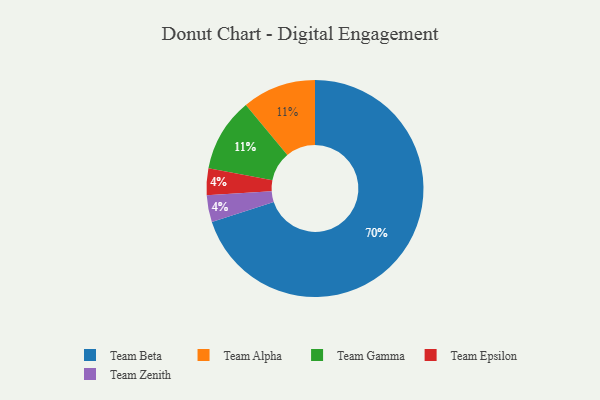
{"axis": {"x": "Category", "y": "Percentage"}, "legend": ["Team Alpha", "Team Beta", "Team Epsilon", "Team Gamma", "Team Zenith"], "data": [{"x": "Team Epsilon", "y": 4, "type": "Team Epsilon"}, {"x": "Team Alpha", "y": 11, "type": "Team Alpha"}, {"x": "Team Zenith", "y": 4, "type": "Team Zenith"}, {"x": "Team Beta", "y": 70, "type": "Team Beta"}, {"x": "Team Gamma", "y": 11, "type": "Team Gamma"}]}